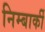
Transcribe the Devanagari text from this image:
निम्बार्की